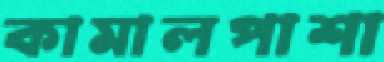
কামালপাশা